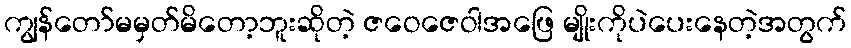
ကျွန်တော်မမှတ်မိတော့ဘူးဆိုတဲ့ ဇဝေဇေဝါအဖြေ မျိုးကိုပဲပေးနေတဲ့အတွက်